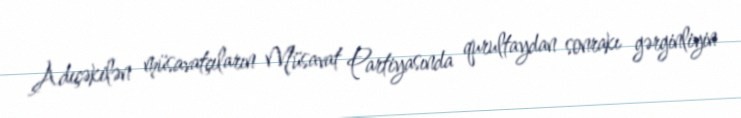
Adıçəkilən müsavatçıların Müsavat Partiyasında qurultaydan sonrakı gərginliyin